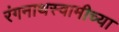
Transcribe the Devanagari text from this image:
रंगनाथस्वामीच्या